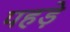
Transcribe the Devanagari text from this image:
पहड़े